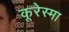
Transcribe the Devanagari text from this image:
कूरेस्मा